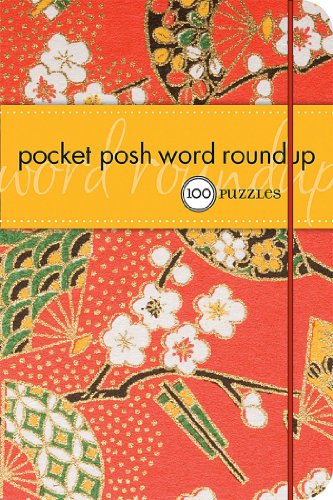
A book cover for Pocket Posh Word Roundup: 100 Puzzles; The Puzzle Society; Humor & Entertainment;